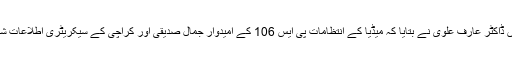
ایک سوال کے جواب میں ڈاکٹر عارف علوی نے بتایا کہ میڈیا کے انتظامات پی ایس 106 کے امیدوار جمال صدیقی اور کراچی کے سیکریٹری اطلاعات شہزاد قریشی دیکھیں گے۔